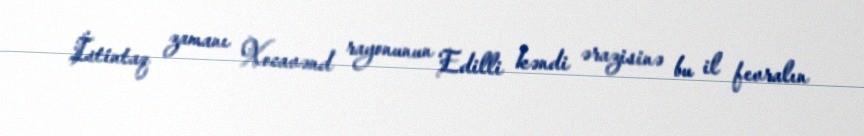
İstintaq zamanı Xocavənd rayonunun Edilli kəndi ərazisinə bu il fevralın